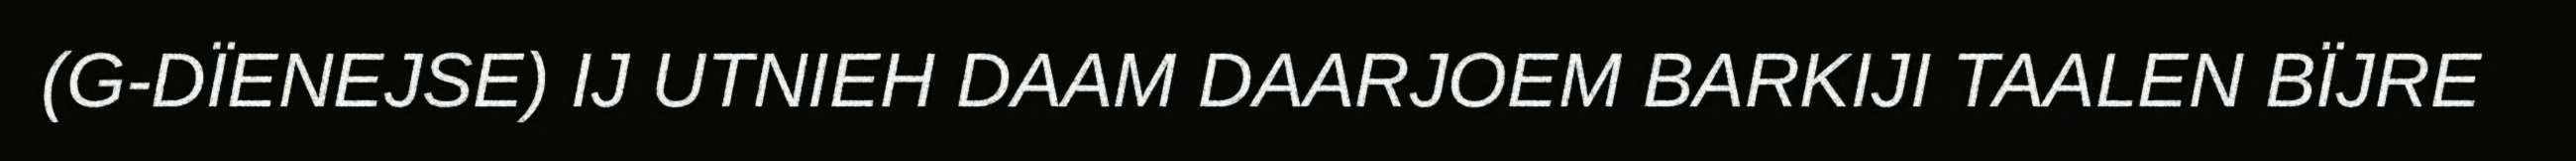
(G-DÏENEJSE) IJ UTNIEH DAAM DAARJOEM BARKIJI TAALEN BÏJRE